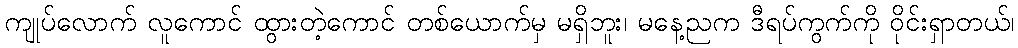
ကျုပ်လောက် လူကောင် ထွားတဲ့ကောင် တစ်ယောက်မှ မရှိဘူး၊ မနေ့ညက ဒီရပ်ကွက်ကို ဝိုင်းရှာတယ်၊